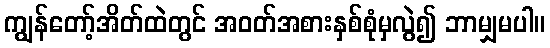
ကျွန်တော့်အိတ်ထဲတွင် အဝတ်အစားနှစ်စုံမှလွဲ၍ ဘာမျှမပါ။